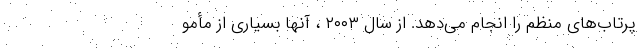
پرتاب‌های منظم را انجام می‌دهد. از سال ۲۰۰۳ ، آنها بسیاری از مأمو